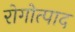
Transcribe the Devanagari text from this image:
रोगोत्पाद